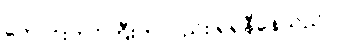
ကောင်းကင်ကြီးကလည်း ရဲရဲနီနေသည်။